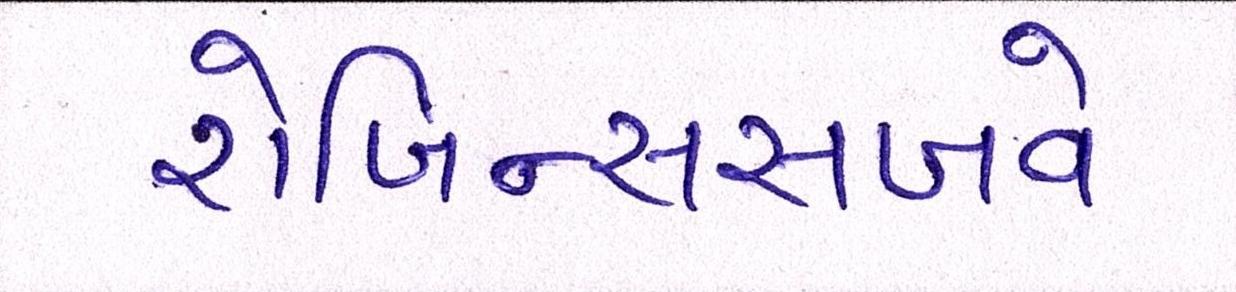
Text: રોબિન્સસબવે